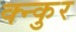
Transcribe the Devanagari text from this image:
क्न्कुर